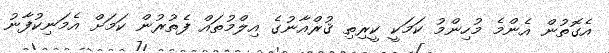
އެގޮތުން އެންމެ މުހިންމު ކަމަކީ ކީރިތި ޤުރްއާނުގެ އިލްމުތައް ފެތުރުން ކަމަށް އެމަނިކުފާނު